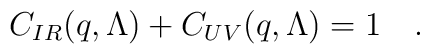
C_{IR}(q,\Lambda)+C_{UV}(q,\Lambda)=1\quad.